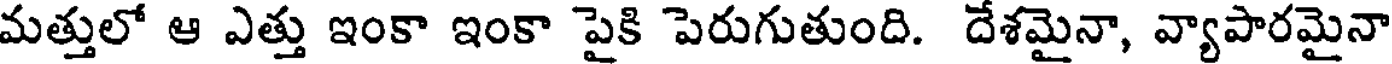
మత్తులో ఆ ఎత్తు ఇంకా ఇంకా పైకి పెరుగుతుంది. దేశమైనా, వ్యాపారమైనా